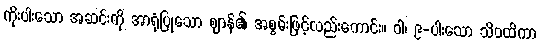
ကိုးပါးသော အဆင်းကို အာရုံပြုသော ဈာန်၏ အစွမ်းဖြင့်လည်းကောင်း။ ဝါ၊ ၉-ပါးသော သိဝထိကာ